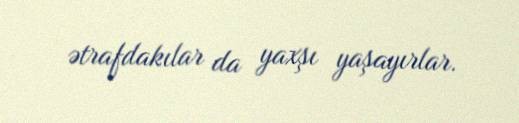
ətrafdakılar da yaxşı yaşayırlar.